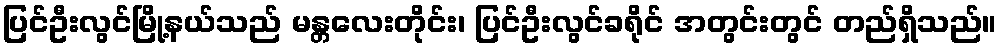
ပြင်ဦးလွင်မြို့နယ်သည် မန္တလေးတိုင်း၊ ပြင်ဦးလွင်ခရိုင် အတွင်းတွင် တည်ရှိသည်။